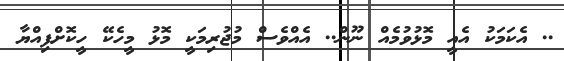
.. އެކަމަކު އެއީ މޮޅުވުމެއް ނޫން.. އެއްވެސް މުޖުރިމަކީ މޮޅު މީހެކޭ ހީކޮށްފިއްޔާ